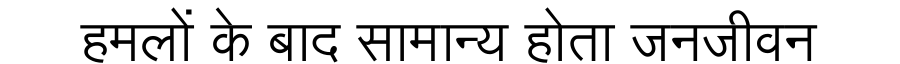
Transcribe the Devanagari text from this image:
हमलों के बाद सामान्य होता जनजीवन